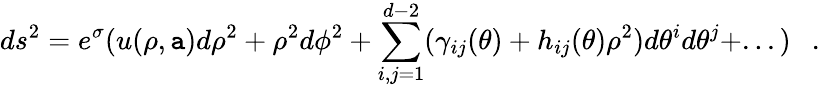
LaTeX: ds^{2}=e^{\sigma}(u(\rho,\mathtt{a})d\rho^{2}+\rho^{2}d\phi^{2}+\sum_{i,j=1}^{d-2}(\gamma_{ij}(\theta)+h_{ij}(\theta)\rho^{2})d\theta^{i}d\theta^{j}+...)~~~.